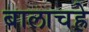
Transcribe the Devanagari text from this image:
बालाचह्रे